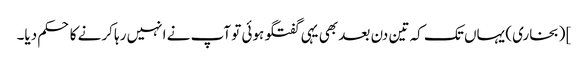
] (بخاری) یہاں تک کہ تین دن بعد بھی یہی گفتگو ہوئی تو آپ نے انہیں رہا کرنے کا حکم دیا۔